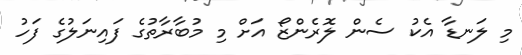
މި ލަނޑާ އެކު ސެން ލޮރެންޒޯ އަށް މި މުބާރާތުގެ ފައިނަލުގެ ފަހު